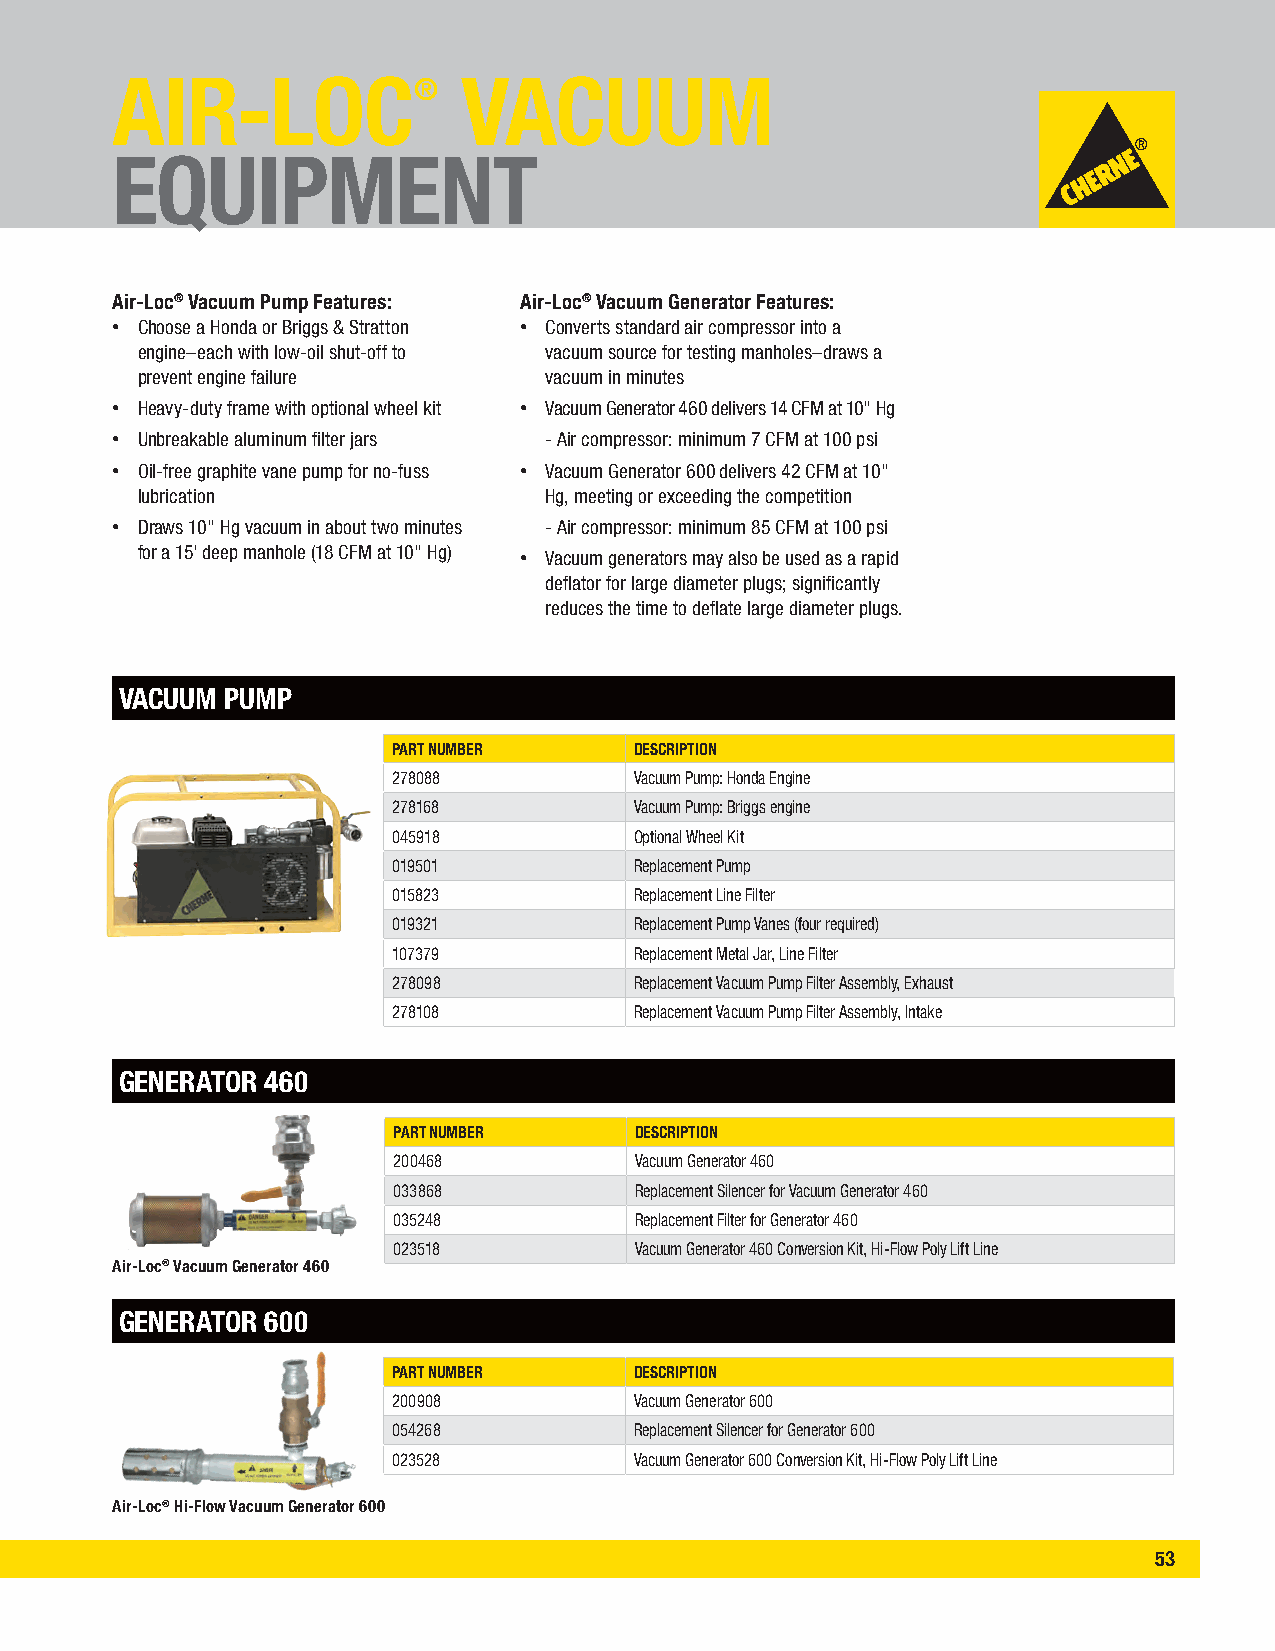
AIR-LOC®                VACUUM
 EQUIPMENT
 Air-Loc® Vacuum Pump Features: Air-Loc® Vacuum Generator Features:
 • Choose a Honda or Briggs & Stratton • Converts standard air compressor into a
 engine–each with low-oil shut-off to vacuum source for testing manholes–draws a
 prevent engine failure     vacuum in minutes
 • Heavy-duty frame with optional wheel kit • Vacuum Generator 460 delivers 14 CFM at 10" Hg
 • Unbreakable aluminum filter jars - Air compressor: minimum 7 CFM at 100 psi
 • Oil-free graphite vane pump for no-fuss • Vacuum Generator 600 delivers 42 CFM at 10"
 lubrication                Hg, meeting or exceeding the competition
 • Draws 10" Hg vacuum in about two minutes - Air compressor: minimum 85 CFM at 100 psi
 for a 15' deep manhole (18 CFM at 10" Hg)
 • Vacuum generators may also be used as a rapid
 deflator for large diameter plugs; significantly
 reduces the time to deflate large diameter plugs.
 VACUUM PUMP
 PART NUMBER     DESCRIPTION
 278088          Vacuum Pump: Honda Engine
 278168          Vacuum Pump: Briggs engine
 045918          Optional Wheel Kit
 019501          Replacement Pump
 015823          Replacement Line Filter
 019321          Replacement Pump Vanes (four required)
 107379          Replacement Metal Jar, Line Filter
 278098          Replacement Vacuum Pump Filter Assembly, Exhaust
 278108          Replacement Vacuum Pump Filter Assembly, Intake
 GENERATOR 460
 PART NUMBER     DESCRIPTION
 200468          Vacuum Generator 460
 033868          Replacement Silencer for Vacuum Generator 460
 035248          Replacement Filter for Generator 460
 023518          Vacuum Generator 460 Conversion Kit, Hi-Flow Poly Lift Line
 Air-Loc® Vacuum Generator 460
 GENERATOR 600
 PART NUMBER     DESCRIPTION
 200908          Vacuum Generator 600
 054268          Replacement Silencer for Generator 600
 023528          Vacuum Generator 600 Conversion Kit, Hi-Flow Poly Lift Line
 Air-Loc® Hi-Flow Vacuum Generator 600
 53